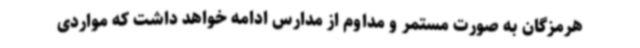
هرمزگان به صورت مستمر و مداوم از مدارس ادامه خواهد داشت که مواردی